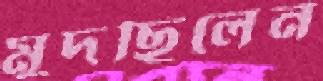
মুদছিলেন